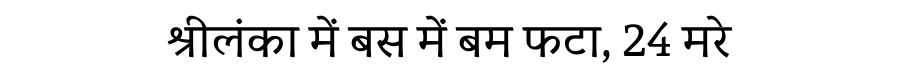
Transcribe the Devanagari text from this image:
श्रीलंका में बस में बम फटा, 24 मरे